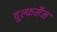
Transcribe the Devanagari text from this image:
वुल्फमैन